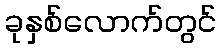
ခုနှစ်လောက်တွင်